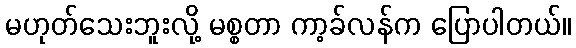
မဟုတ်သေးဘူးလို့ မစ္စတာ ကာ့ခ်လန်က ပြောပါတယ်။